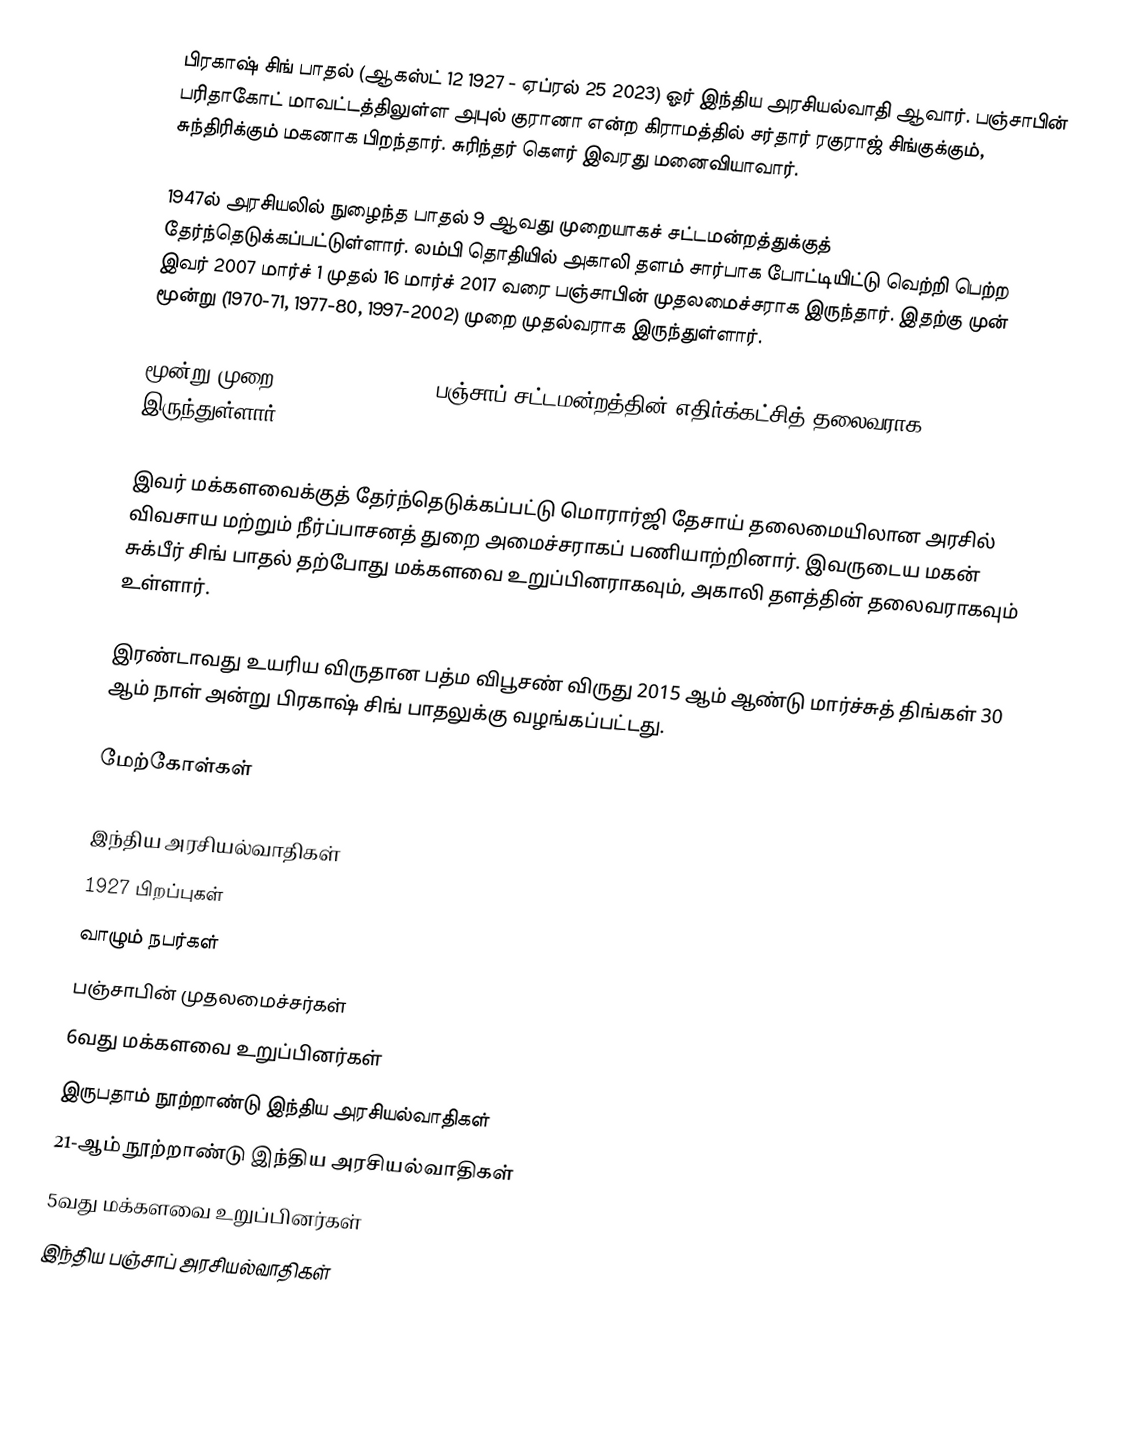
பிரகாஷ் சிங் பாதல் (ஆகஸ்ட் 12 1927 - ஏப்ரல் 25 2023) ஓர் இந்திய அரசியல்வாதி ஆவார். பஞ்சாபின் பரிதாகோட் மாவட்டத்திலுள்ள அபுல் குரானா  என்ற கிராமத்தில் சர்தார் ரகுராஜ் சிங்குக்கும், சுந்திரிக்கும் மகனாக பிறந்தார். சுரிந்தர் கௌர் இவரது மனைவியாவார்.

1947ல் அரசியலில் நுழைந்த பாதல் 9 ஆவது முறையாகச் சட்டமன்றத்துக்குத் தேர்ந்தெடுக்கப்பட்டுள்ளார். லம்பி தொதியில் அகாலி தளம் சார்பாக போட்டியிட்டு வெற்றி பெற்ற  இவர் 2007 மார்ச் 1 முதல் 16 மார்ச் 2017 வரை பஞ்சாபின் முதலமைச்சராக இருந்தார். இதற்கு முன் மூன்று (1970-71, 1977-80, 1997-2002) முறை முதல்வராக இருந்துள்ளார்.

மூன்று முறை (1972, 1980, 2002) பஞ்சாப் சட்டமன்றத்தின் எதிர்க்கட்சித் தலைவராக  இருந்துள்ளார்.

இவர் மக்களவைக்குத் தேர்ந்தெடுக்கப்பட்டு மொரார்ஜி தேசாய் தலைமையிலான அரசில் விவசாய மற்றும் நீர்ப்பாசனத் துறை அமைச்சராகப் பணியாற்றினார். இவருடைய மகன் சுக்பீர் சிங் பாதல் தற்போது மக்களவை உறுப்பினராகவும், அகாலி தளத்தின் தலைவராகவும் உள்ளார்.

இரண்டாவது உயரிய விருதான பத்ம விபூசண் விருது 2015 ஆம் ஆண்டு மார்ச்சுத் திங்கள் 30 ஆம் நாள் அன்று பிரகாஷ் சிங் பாதலுக்கு வழங்கப்பட்டது.

மேற்கோள்கள்

இந்திய அரசியல்வாதிகள்
1927 பிறப்புகள்
வாழும் நபர்கள்
பஞ்சாபின் முதலமைச்சர்கள்
6வது மக்களவை உறுப்பினர்கள்
இருபதாம் நூற்றாண்டு இந்திய அரசியல்வாதிகள்
21-ஆம் நூற்றாண்டு இந்திய அரசியல்வாதிகள்
5வது மக்களவை உறுப்பினர்கள்
இந்திய பஞ்சாப் அரசியல்வாதிகள்